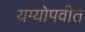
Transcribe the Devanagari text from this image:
यग्योपवीत